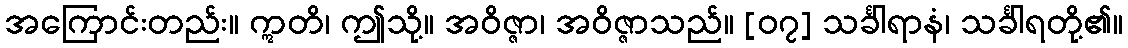
အကြောင်းတည်း။ ဣတိ၊ ဤသို့။ အဝိဇ္ဇာ၊ အဝိဇ္ဇာသည်။ [၀၇] သင်္ခါရာနံ၊ သင်္ခါရတို့၏။